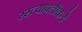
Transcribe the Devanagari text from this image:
रस्त्यापलीकडे